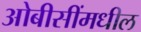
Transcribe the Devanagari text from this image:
ओबीसींमधील